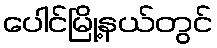
ပေါင်မြို့နယ်တွင်